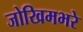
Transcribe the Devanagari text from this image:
जोखिमभरे